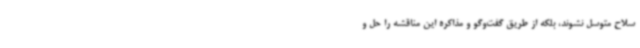
سلاح متوسل نشوند، بلکه از طریق گفت‌وگو و مذاکره این مناقشه را حل و